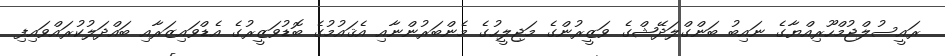
ރައީސުލްޖުމްހޫރިއްޔާގެ ނައިބު ބަންގްލަދޭޝްގެ ވަޒީރުންގެ މަޖިލީހުގެ މެންބަރުންނާއި އެޤައުމުގެ ބޮޑުވަޒީރުގެ އެޑްވައިޒަރާއި ބައްދަލުކުރައްވައިފި